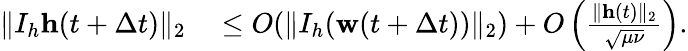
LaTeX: \begin{array}{rl}{\| I_{h}\mathbf{h}(t+\Delta t)\| _{2}}&{{}\leq O(\| I_{h}(\mathbf{w}(t+\Delta t))\| _{2})+O\left(\frac{\| \mathbf{h}(t)\| _{2}}{\sqrt{\mu\nu}}\right).}\end{array}